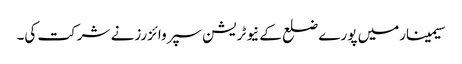
سیمینارمیں پورے ضلع کے نیوٹریشن سپروائزرزنے شرکت کی۔